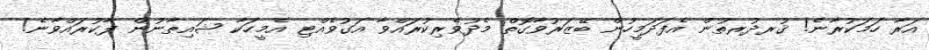
އަރާ ހަމަކުރާނެ! ޤުރދުރތުން އެފަދަމީހުން ބޭޒަރުވާގޮތް މެދުވެރިކުރައްވާ އަގުވެއްޓި އެމީހަކާ ޝައިޠާނުން ފާކުރައްވާނެ!